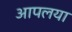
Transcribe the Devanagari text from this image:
आपलया